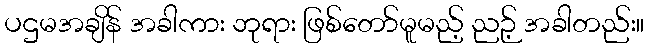
ပဌမအချိန် အခါကား ဘုရား ဖြစ်တော်မူမည့် ညဉ့် အခါတည်း။